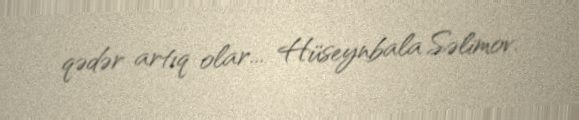
qədər artıq olar... Hüseynbala Səlimov.